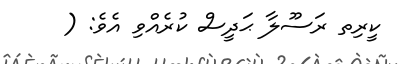
ކީރިތ ރަސޫލާ ޙަދީސް ކުރެއްވި އެވެ: (